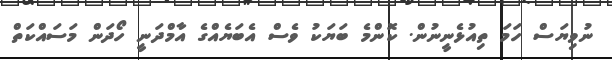
ނުވިޔަސް ހަމަ ތިއުޅެނީނުން. ކޮންމެ ބަޔަކު ވެސް އެބަޔެެއްގެ އާމްދަނީ ހޯދަން މަސައްކަތް